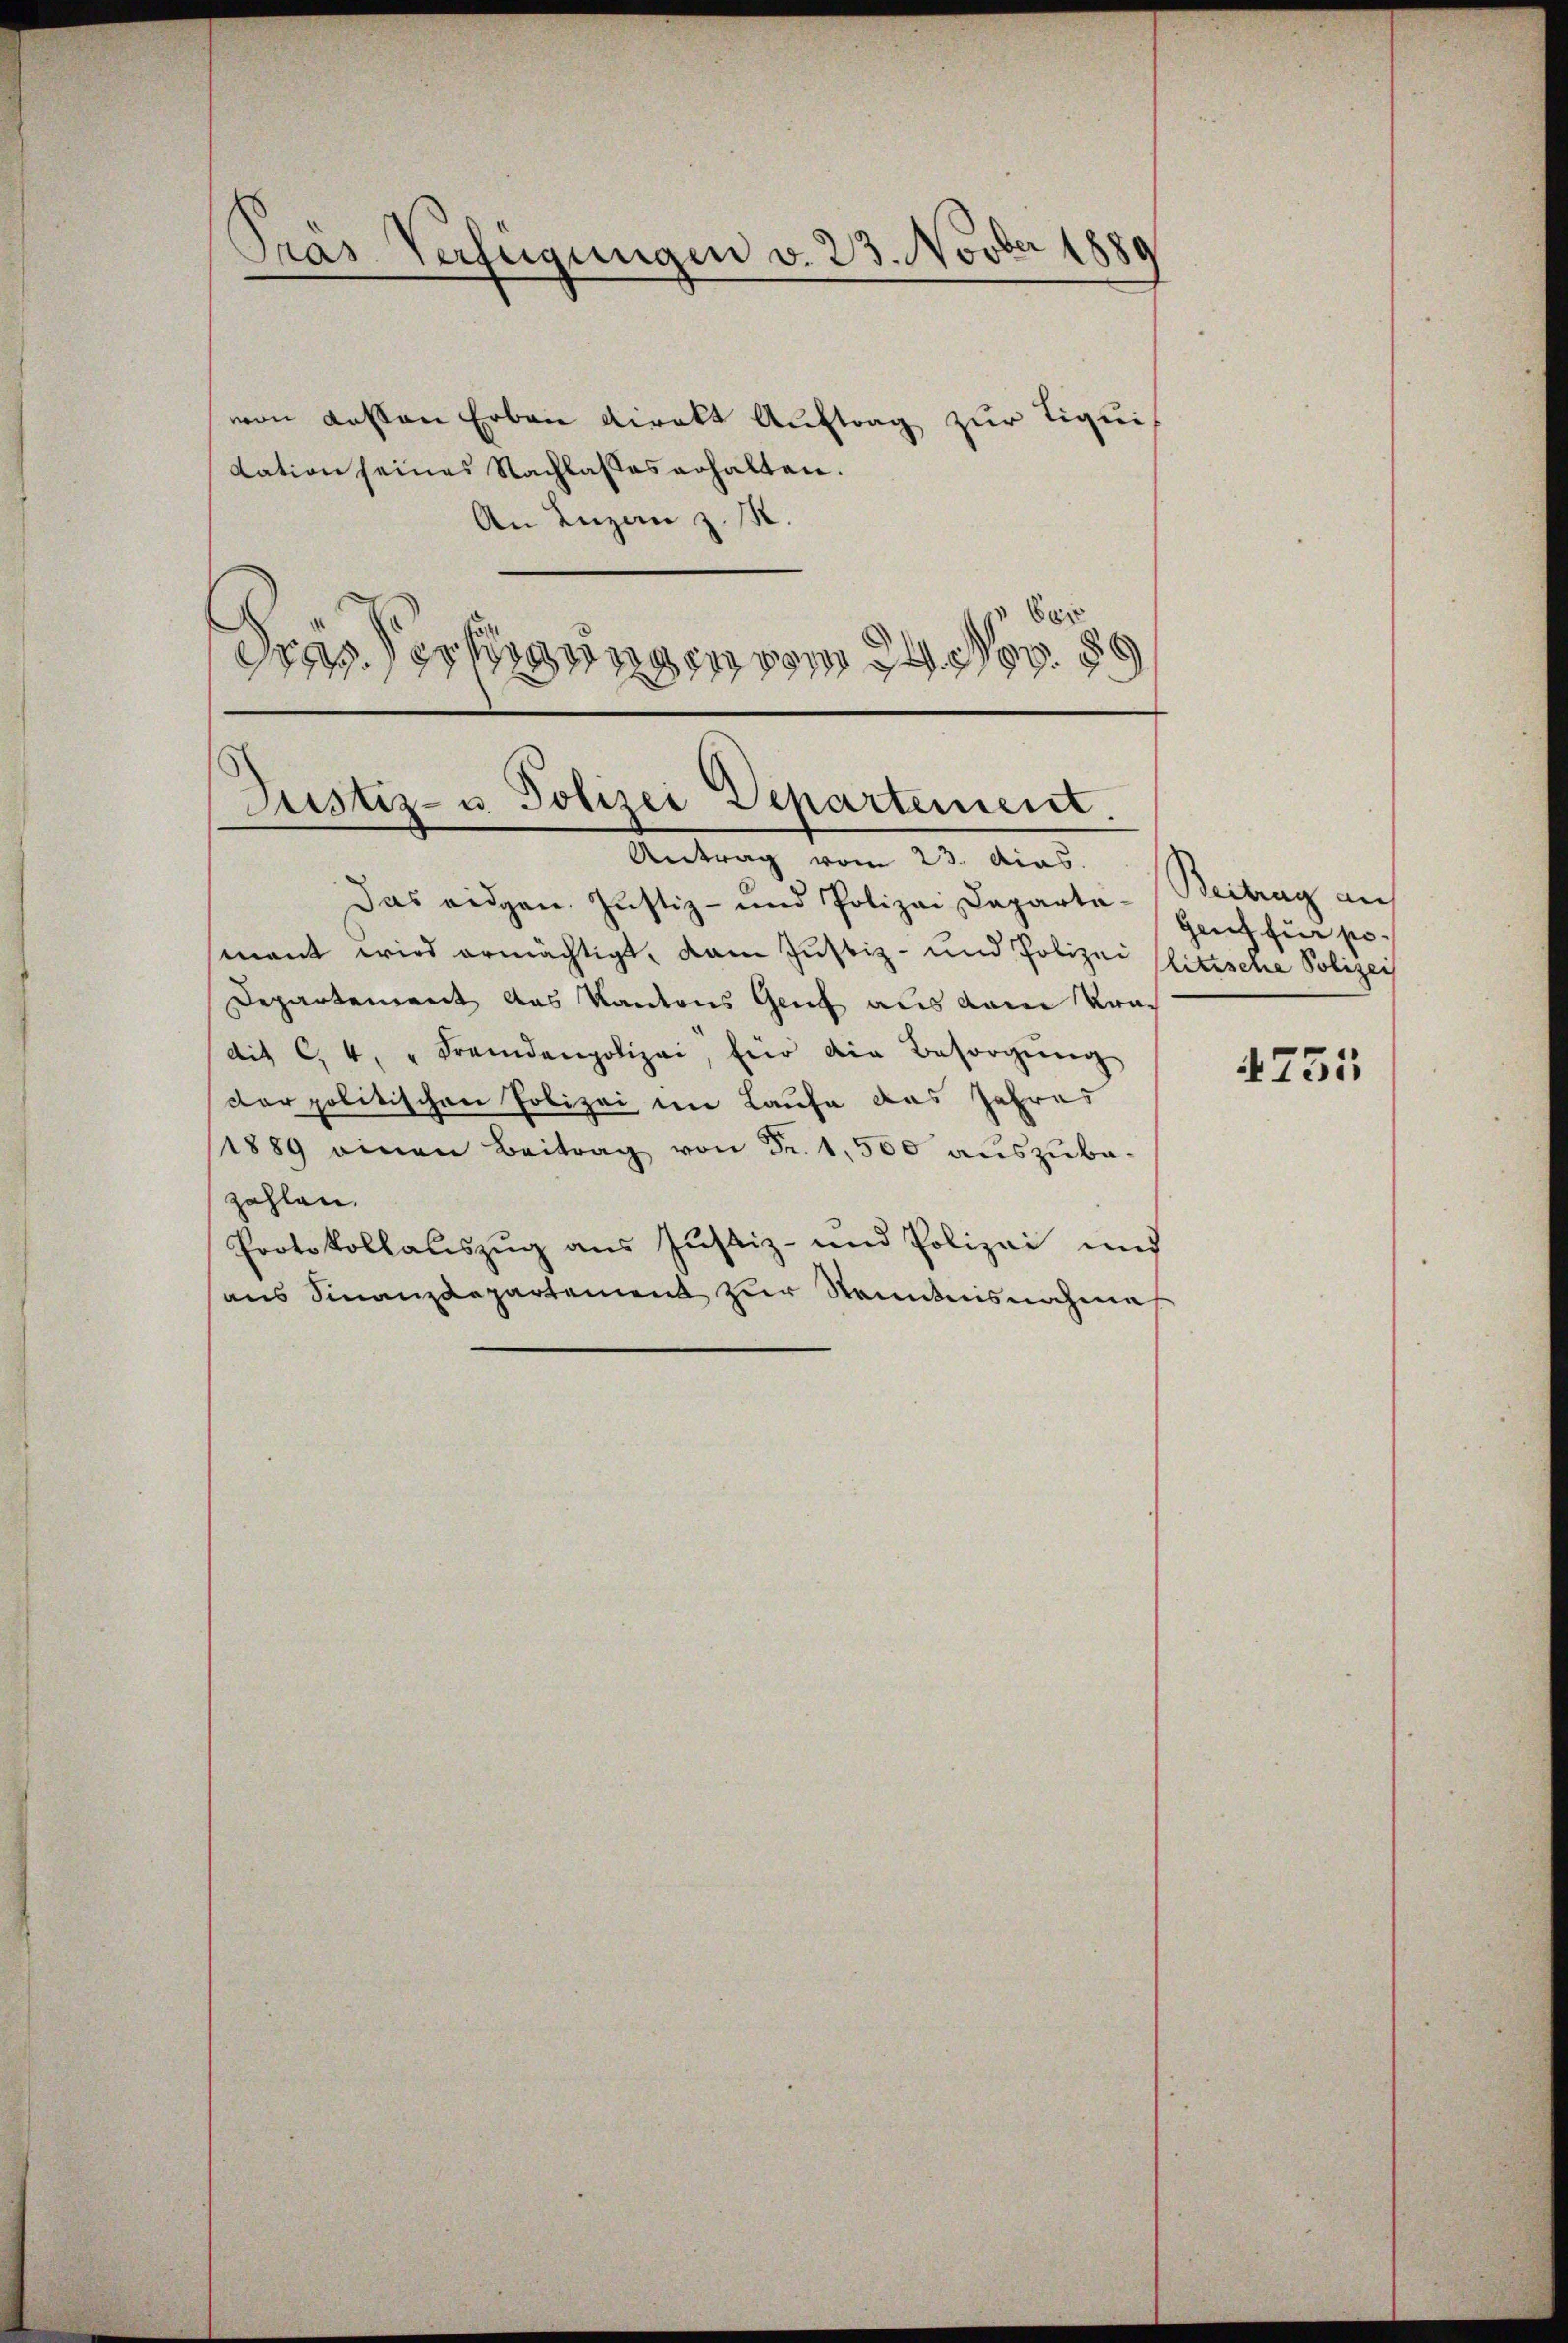
von dessen Erben viralt Auftrag zur Liqui
dation seines Nachlasses erhalten.
An Luzan z. M.
ei
Frassertigungen vom 24. v.

Pras Verfügungen v. 23. Novber 1889

Justiz- u Polizei Departement.

Antrag vom 23. Mias.
Das eidgen. Justiz- und Polizei Daparta- Beitrag auf
mant wird ermächtigt, dann Justiz- und Polizei Pittsche Polizei
Departement das Kantons Genf aus dem Krac
dit c. 4, " Fremdenpolizei, für die Besorgŭng
der politischen Polizei im Laufe das Jahres
(1889 einen Beitrag von Fr. 1,500 auszubazahlen.
Protokollauszug aus Justiz- und Polizei und
aus Finanzdepartement zur Kenntnisnahme

Gent für po¬

4735